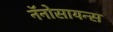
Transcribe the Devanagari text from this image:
नॅनोसायन्स